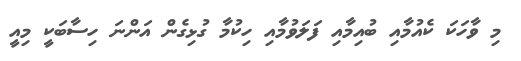
މި ވާހަކަ ކެއުމާއި ބުއިމާއި ފަލަވުމާއި ހިކުމާ ގުޅިގެން އަންނަ ހިސާބަކީ މިއީ